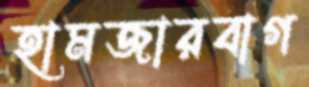
হামজারবাগ